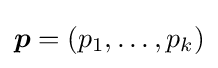
{\boldsymbol {p}}=(p_{1},\ldots ,p_{k})